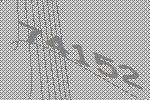
74152